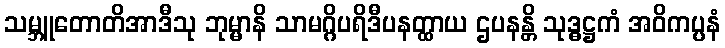
သမ္ဘူတောတိအာဒီသု ဘုမ္မာနိ သာမဂ္ဂိပရိဒီပနတ္ထာယ ဌပနန္တိ သုဒ္ဓဋ္ဌကံ အဝိကပ္ပနံ